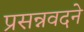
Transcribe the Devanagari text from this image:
प्रसन्नवदने